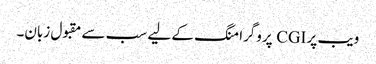
ویب پر CGI پروگرامنگ کے لیے سب سے مقبول زبان۔